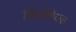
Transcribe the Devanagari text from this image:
जिनोमिक्स